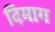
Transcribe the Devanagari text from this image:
दिमाग